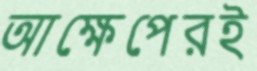
আক্ষেপেরই